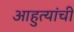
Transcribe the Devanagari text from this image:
आहुत्यांची